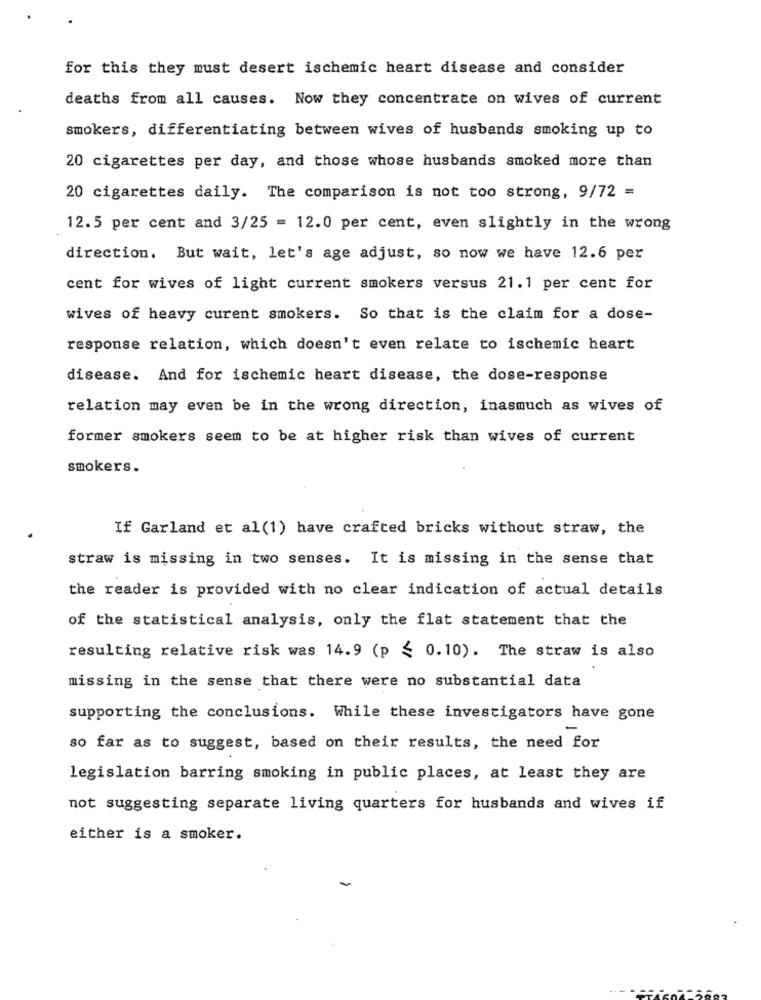
for this they must desert ischemic heart disease and consider
deaths from all causes. Now they concentrate on wives of current
smokers, differentiating between wives of husbands smoking up to
20 cigarettes per day, and those whose husbands smoked more than
20 cigarettes daily. The comparison is not too strong, 9/72 =
12.5 per cent and 3/25 = 12.0 per cent, even slightly in the wrong
direction. But wait, let's age adjust, so now we have 12.6 per
cent for wives of light current smokers versus 21.1 per cent for
wives of heavy curent smokers. So that is the claim for a dose-
response relation, which doesn't even relate to ischemic heart
disease. And for ischemic heart disease, the dose-response
relation may even be in the wrong direction, inasmuch as wives of
former smokers seem to be at higher risk than wives of current
smokers.
If Garland et al(1) have crafted bricks without straw, the
straw is missing in two senses. It is missing in the sense that
the reader is provided with no clear indication of actual details
of the statistical analysis, only the flat statement that the
resulting relative risk was 14.9 (p < 0.10). The straw is also
missing in the sense that there were no substantial data
supporting the conclusions. While these investigators have gone
-
so far as to suggest, based on their results, the need for
legislation barring smoking in public places, at least they are
not suggesting separate living quarters for husbands and wives if
either is a smoker.